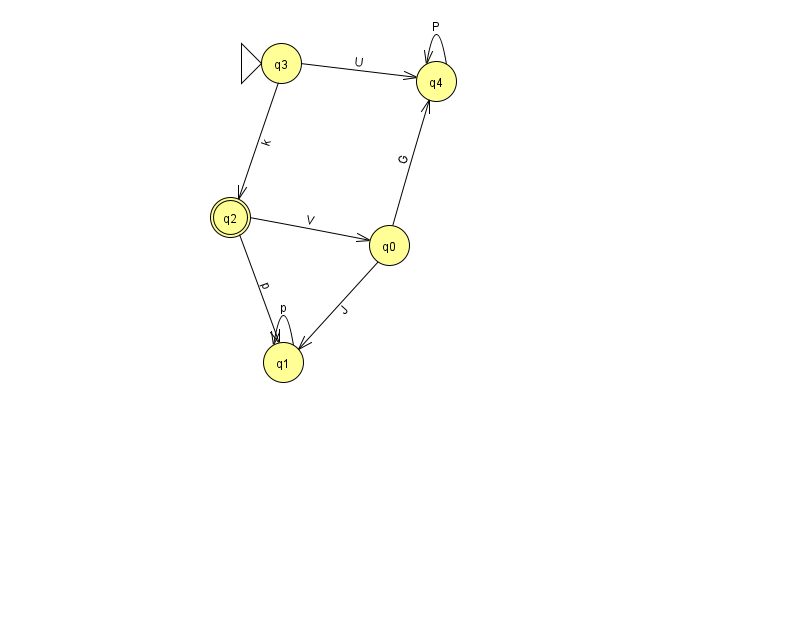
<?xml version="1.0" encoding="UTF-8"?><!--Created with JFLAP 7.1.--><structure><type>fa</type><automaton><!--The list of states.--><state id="0" name="q0"><x>389.0</x><y>232.0</y></state><state id="1" name="q1"><x>283.0</x><y>349.0</y></state><state id="2" name="q2"><x>230.0</x><y>204.0</y><final/></state><state id="3" name="q3"><x>281.0</x><y>50.0</y><initial/></state><state id="4" name="q4"><x>436.0</x><y>68.0</y></state><!--The list of transitions.--><transition><from>1</from><to>1</to><read>p</read></transition><transition><from>4</from><to>4</to><read>P</read></transition><transition><from>0</from><to>1</to><read>J</read></transition><transition><from>2</from><to>1</to><read>p</read></transition><transition><from>3</from><to>4</to><read>U</read></transition><transition><from>2</from><to>0</to><read>V</read></transition><transition><from>0</from><to>4</to><read>G</read></transition><transition><from>3</from><to>2</to><read>k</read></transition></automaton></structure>